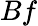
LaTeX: Bf